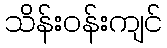
သိန်းဝန်းကျင်